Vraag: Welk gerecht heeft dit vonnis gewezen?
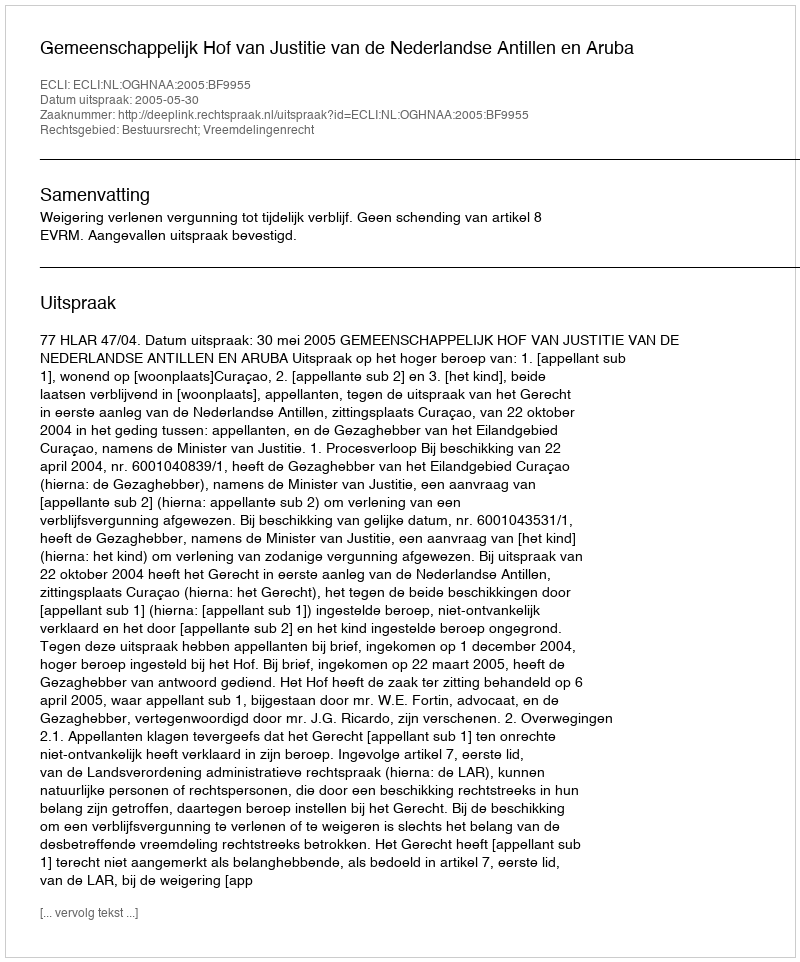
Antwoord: Gemeenschappelijk Hof van Justitie van de Nederlandse Antillen en Aruba